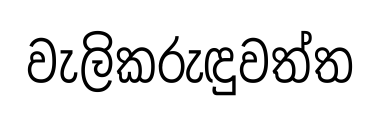
වැලිකරුඳුවත්ත